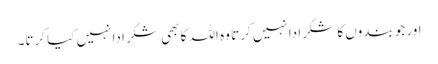
اور جو بندوں کا شکر ادا نہیں کرتا وہ اللہ کا بھی شکر ادا نہیں کیا کرتا۔